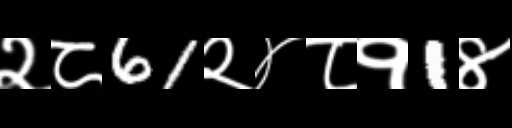
Text: २८61२४८१1४